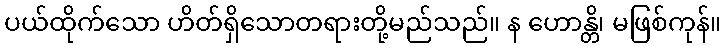
ပယ်ထိုက်သော ဟိတ်ရှိသောတရားတို့မည်သည်။ န ဟောန္တိ၊ မဖြစ်ကုန်။